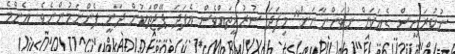
ނުކުރަނީސް ގެއަކަށް ނުވަންނާނަން" މިފަދަ ސުރުޚީތައްވެސް އެފަދަ ޕޭޖްތަކުން ދަނީ ފެންނަމުންނެވެ. އެންމެ